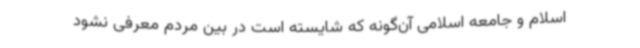
اسلام و جامعه اسلامی آن‌گونه که شایسته است در بین مردم معرفی نشود